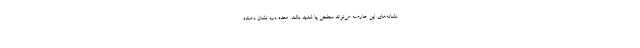
نشانه‌های این عارضه می‌تواند سطحی یا شدید باشد. معده درد نشان دهنده